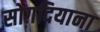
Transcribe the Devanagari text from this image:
सोग़दियाना